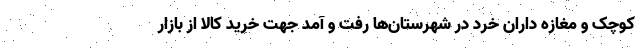
کوچک و مغازه داران خرد در شهرستان‌ها رفت و آمد جهت خرید کالا از بازار